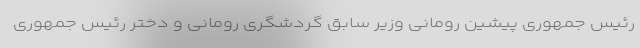
رئیس جمهوری پیشین رومانی وزیر سابق گردشگری رومانی و دختر رئیس جمهوری